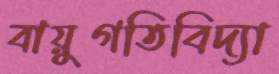
বায়ুগতিবিদ্যা